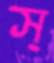
স্